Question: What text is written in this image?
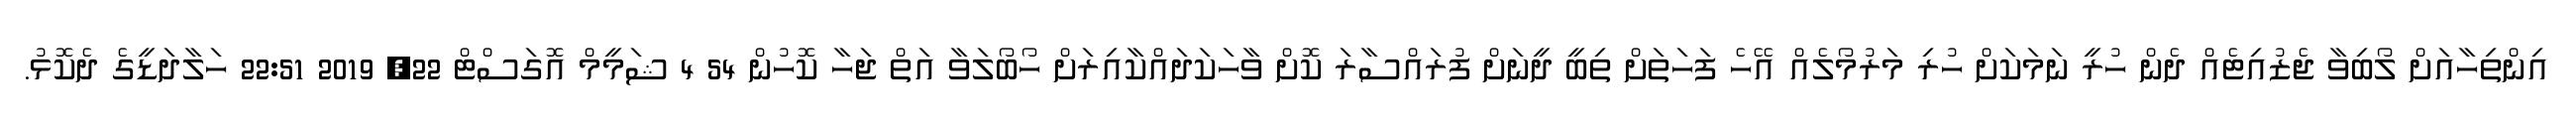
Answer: އިންތިހާއަށް ލޯބިވާ ޖެޒުއިޓެއް ދެން ހުރީ ނަމަކަށް ހުރި މަރުމޯލެއް އޭހެ ފަހަތަށް ތިބީ ދީނަށް ފުރައްސާރަ ކޮށް ވާހަކަދައްކާއިރަށް ހޯބޯލަވާ އަތް ޖަހާ ކޮހުން 54 4 ޝަމީމް އޮގަސްޓް 22, 2019 22:51 ހަލާދަޑީގެ ދެކޮޅު.